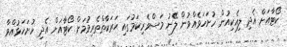
ކޯޓާއަށް އެދި ލިއެކިއުން ހުށަހަޅެއްވުން ލޭނު މަސްވެރިކަމުގައި ޙަރަކާތްތެރިވުމަށް ކޯޓާއަށް އެދި ހުށަހަޅުއްވާ